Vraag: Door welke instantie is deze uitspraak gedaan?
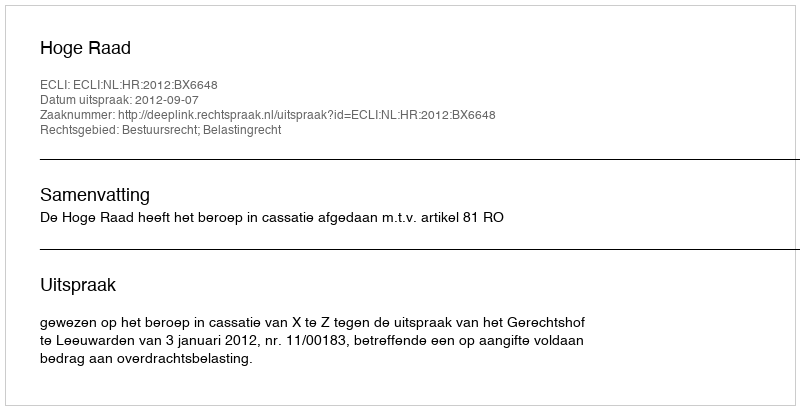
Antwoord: Hoge Raad